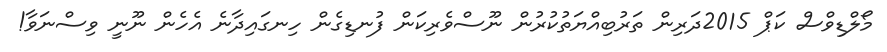
މޯލްޑިވްސް ކަޕް 2015ދަރިން ތަރުބިއްޔަތުކުރުން ނޫސްވެރިކަން ފުނޑިގެން ހިނގައިދާނެ އެހެން ނޫނީ ވިސްނަވާ!